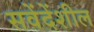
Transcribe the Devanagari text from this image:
सवेंदेंशील